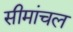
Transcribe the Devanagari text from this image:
सीमांचल